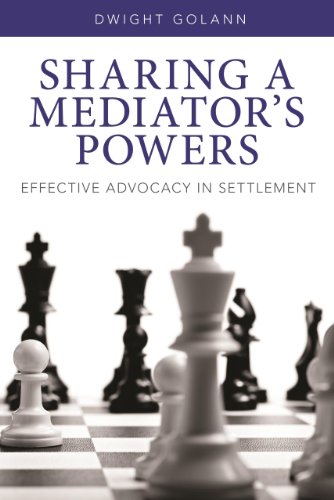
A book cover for Sharing a Mediator's Powers: Effective Advocacy in Settlement; Dwight Golann; Law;